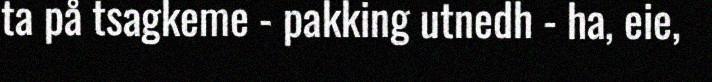
ta på tsagkeme - pakking utnedh - ha, eie,